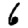
Digit: 6